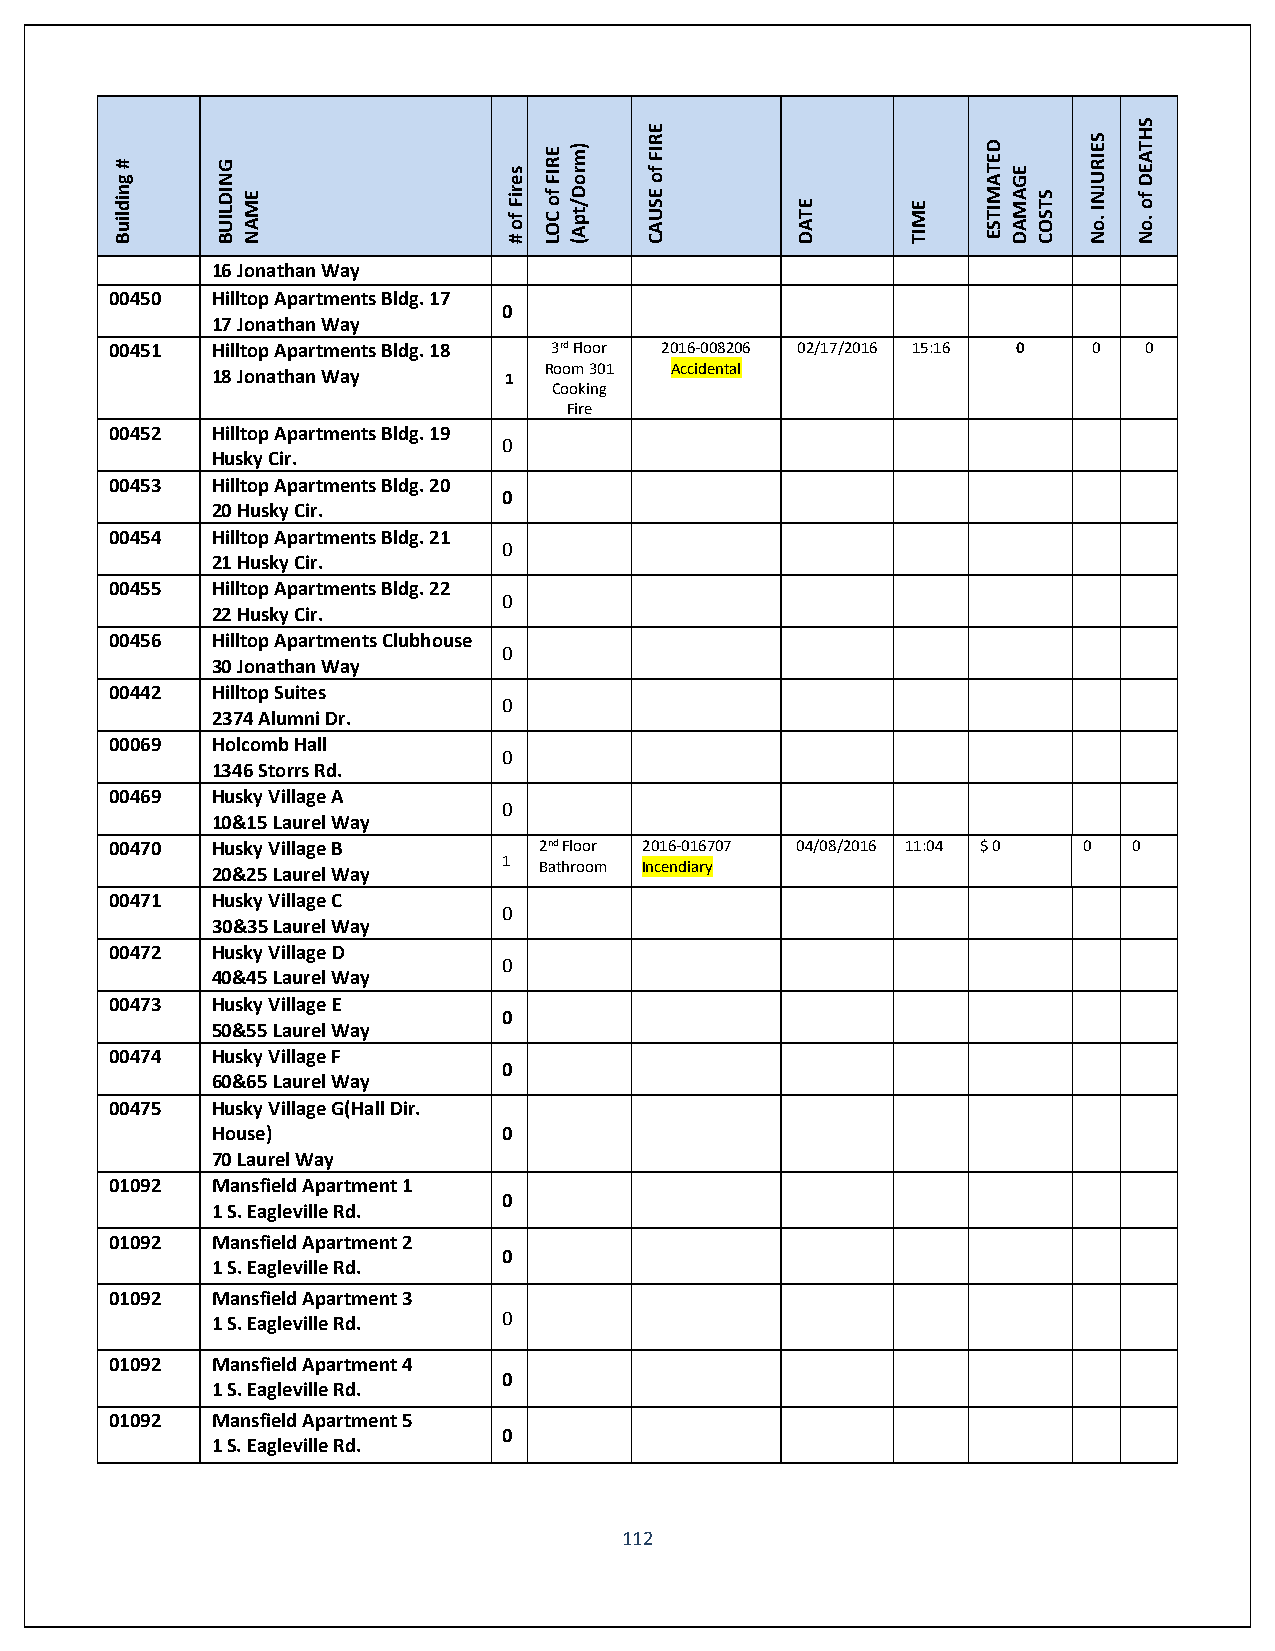
Building
 #      BUILDING
 NAME
 #
 of
 Fires
 LOC
 of
 FIRE (Apt/Dorm)
 CAUSE
 of
 FIRE
 DATE   TIME
 ESTIMATED
 DAMAGE
 COSTS
 No.
 INJURIES
 No.
 of
 DEATHS
 16 Jonathan Way
 00450  Hilltop Apartments Bldg. 17
 0
 17 Jonathan Way
 00451  Hilltop Apartments Bldg. 18 3rd Floor 2016-008206 02/17/2016 15:16 0 0 0
 18 Jonathan Way    1  Room 301 Accidental
 Cooking
 Fire
 00452  Hilltop Apartments Bldg. 19
 0
 Husky Cir.
 00453  Hilltop Apartments Bldg. 20
 0
 20 Husky Cir.
 00454  Hilltop Apartments Bldg. 21
 0
 21 Husky Cir.
 00455  Hilltop Apartments Bldg. 22
 0
 22 Husky Cir.
 00456  Hilltop Apartments Clubhouse
 0
 30 Jonathan Way
 00442  Hilltop Suites
 0
 2374 Alumni Dr.
 00069  Holcomb Hall
 0
 1346 Storrs Rd.
 00469  Husky Village A
 0
 10&15 Laurel Way
 00470  Husky Village B       2nd Floor 2016-016707 04/08/2016 11:04 $ 0 0 0
 20&25 Laurel Way   1  Bathroom Incendiary
 00471  Husky Village C
 0
 30&35 Laurel Way
 00472  Husky Village D
 0
 40&45 Laurel Way
 00473  Husky Village E
 0
 50&55 Laurel Way
 00474  Husky Village F
 0
 60&65 Laurel Way
 00475  Husky Village G(Hall Dir.
 House)             0
 70 Laurel Way
 01092  Mansfield Apartment 1
 0
 1 S. Eagleville Rd.
 01092  Mansfield Apartment 2
 0
 1 S. Eagleville Rd.
 01092  Mansfield Apartment 3
 1 S. Eagleville Rd. 0
 01092  Mansfield Apartment 4
 0
 1 S. Eagleville Rd.
 01092  Mansfield Apartment 5
 0
 1 S. Eagleville Rd.
 112